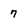
Character: 7